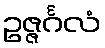
ဥဇ္ဇင်္ဂလံ